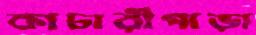
কাচারীপাড়া